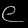
Digit: ၉